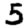
Digit: 5